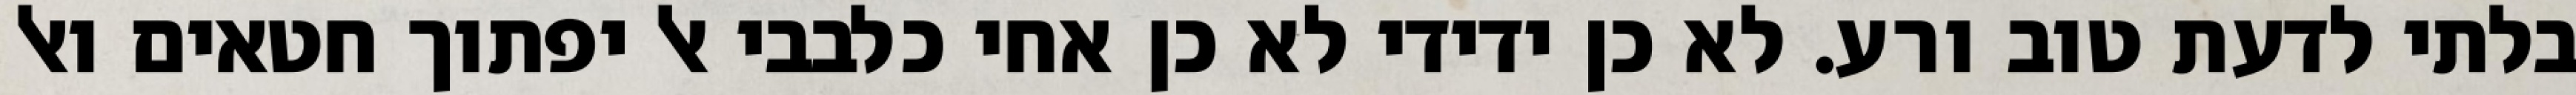
בלתי לדעת טוב ורע. לא כן ידידי לא כן אחי כלבבי אל יפתוך חטאים ואל